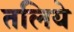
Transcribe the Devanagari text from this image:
तलिये